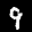
Label: 9